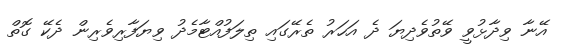
އޭނާ ވިދާޅުވީ ވޭތުވެދިޔަ ދެ އަހަރު ތެރޭގައި ތިލަފުއްޓާމެދު ވިޔަފާރިވެރިން ދެކޭ ގޮތް